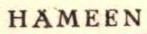
HÄMEEN